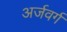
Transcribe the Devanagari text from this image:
अर्जवर्ग